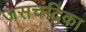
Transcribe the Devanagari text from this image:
जसचंद्रिका